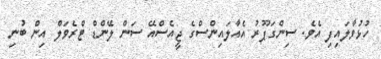
ހުޅުވާލައިފި އެވެ. ސިންގަޕޫރު އެއާލައިންސްގެ ޖީއެސްއޭ ސަން ލޭންޑް ޓްރެވަލް އިން ބުނި